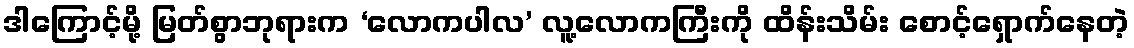
ဒါကြောင့်မို့ မြတ်စွာဘုရားက ‘လောကပါလ’ လူ့လောကကြီးကို ထိန်းသိမ်း စောင့်ရှောက်နေတဲ့